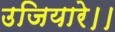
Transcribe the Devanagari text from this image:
उजियारे।।